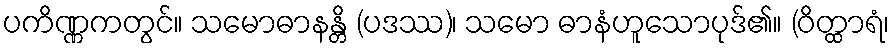
ပကိဏ္ဏကတွင်။ သမောဓာနန္တိ (ပဒဿ)၊ သမော ဓာနံဟူသောပုဒ်၏။ (ဝိတ္ထာရံ၊